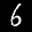
Label: 6